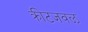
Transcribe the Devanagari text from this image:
क्रीटजवळ